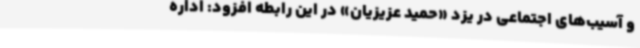
و آسیب‌های اجتماعی ‌در یزد «حمید عزیزیان» در این رابطه افزود: اداره